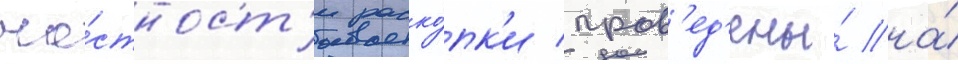
ча́стност'и раско́пк'и пров'ед'ены́ на́